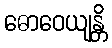
ဓောဝေယျန္တိ